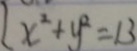
x ^ { 2 } + y ^ { 2 } = 1 3